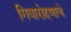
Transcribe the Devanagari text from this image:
गियारोहणाचे